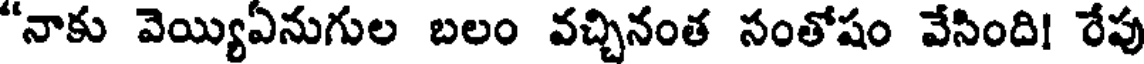
"నాకు వెయ్యిఏనుగుల బలం వచ్చినంత సంతోషం వేసింది! రేపు